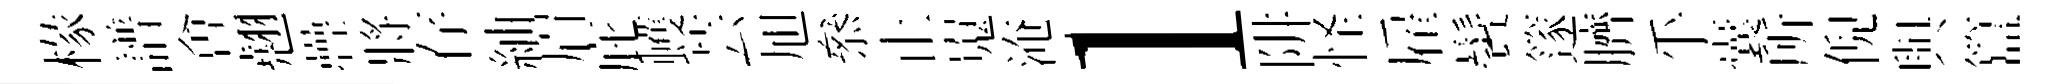
椽譜㑹翹疊將存紬眉庇蠖芸旭叅止嵬淹l阱怪雇鬢篴臍乎囊所倪與簋